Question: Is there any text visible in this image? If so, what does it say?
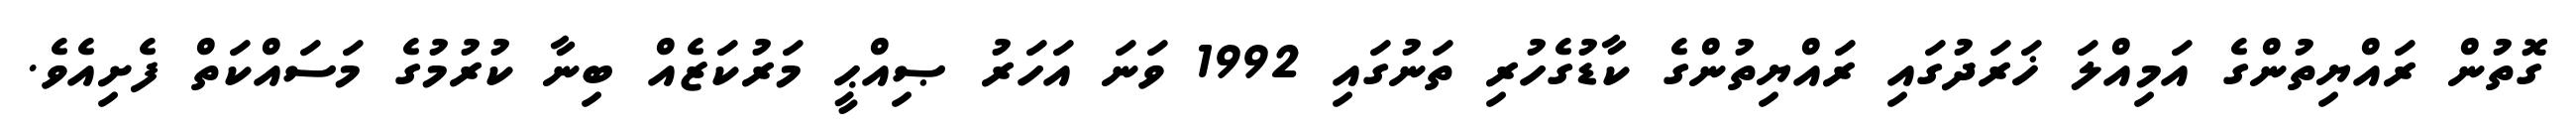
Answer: ގޮތުން ރައްޔިތުންގެ އަމިއްލަ ޚަރަދުގައި ރައްޔިތުންގެ ކާޑުގެހުރި ތަނުގައި 1992 ވަނަ އަހަރު ޞިއްޙީ މަރުކަޒެއް ބިނާ ކުރުމުގެ މަސައްކަތް ފެށިއެވެ.